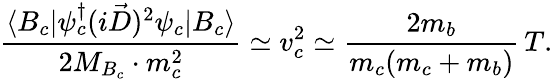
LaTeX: \frac{\langle B_{c}|\psi_{c}^{\dagger}(i\vec{D})^{2}\psi_{c}|B_{c}\rangle}{2M_{B_{c}}\cdot m_{c}^{2}}\simeq v_{c}^{2}\simeq\frac{2m_{b}}{m_{c}(m_{c}+m_{b})}\, T.